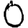
Digit: 0